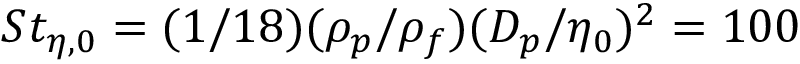
S t _ { \eta , 0 } = ( 1 / 1 8 ) ( \rho _ { p } / \rho _ { f } ) ( D _ { p } / \eta _ { 0 } ) ^ { 2 } = 1 0 0